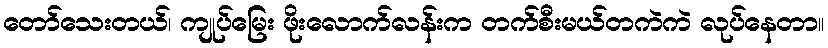
တော်သေးတယ်၊ ကျုပ်မြေး ဖိုးလောက်လန်းက တက်စီးမယ်တကဲကဲ လုပ်နေတာ။